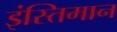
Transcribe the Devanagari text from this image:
इंस्तिमान